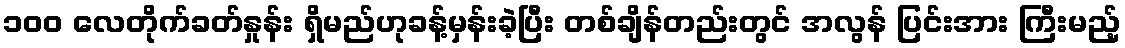
၁၀၀ လေတိုက်ခတ်နှုန်း ရှိမည်ဟုခန့်မှန်းခဲ့ပြီး တစ်ချိန်တည်းတွင် အလွန် ပြင်းအား ကြီးမည့်